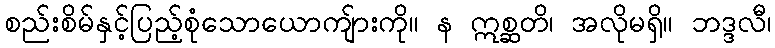
စည်းစိမ်နှင့်ပြည့်စုံသောယောကျ်ားကို။ န ဣစ္ဆတိ၊ အလိုမရှိ။ ဘဒ္ဒလီ၊